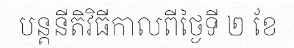
បន្តនីតិវិធីកាលពីថ្ងៃទី ២ ខែ